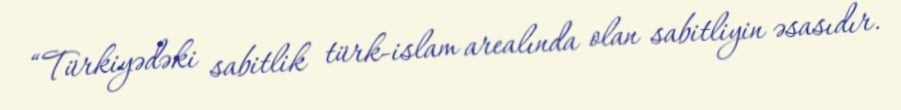
“Türkiyədəki sabitlik türk-islam arealında olan sabitliyin əsasıdır.